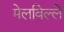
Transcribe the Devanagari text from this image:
मेलविल्ले